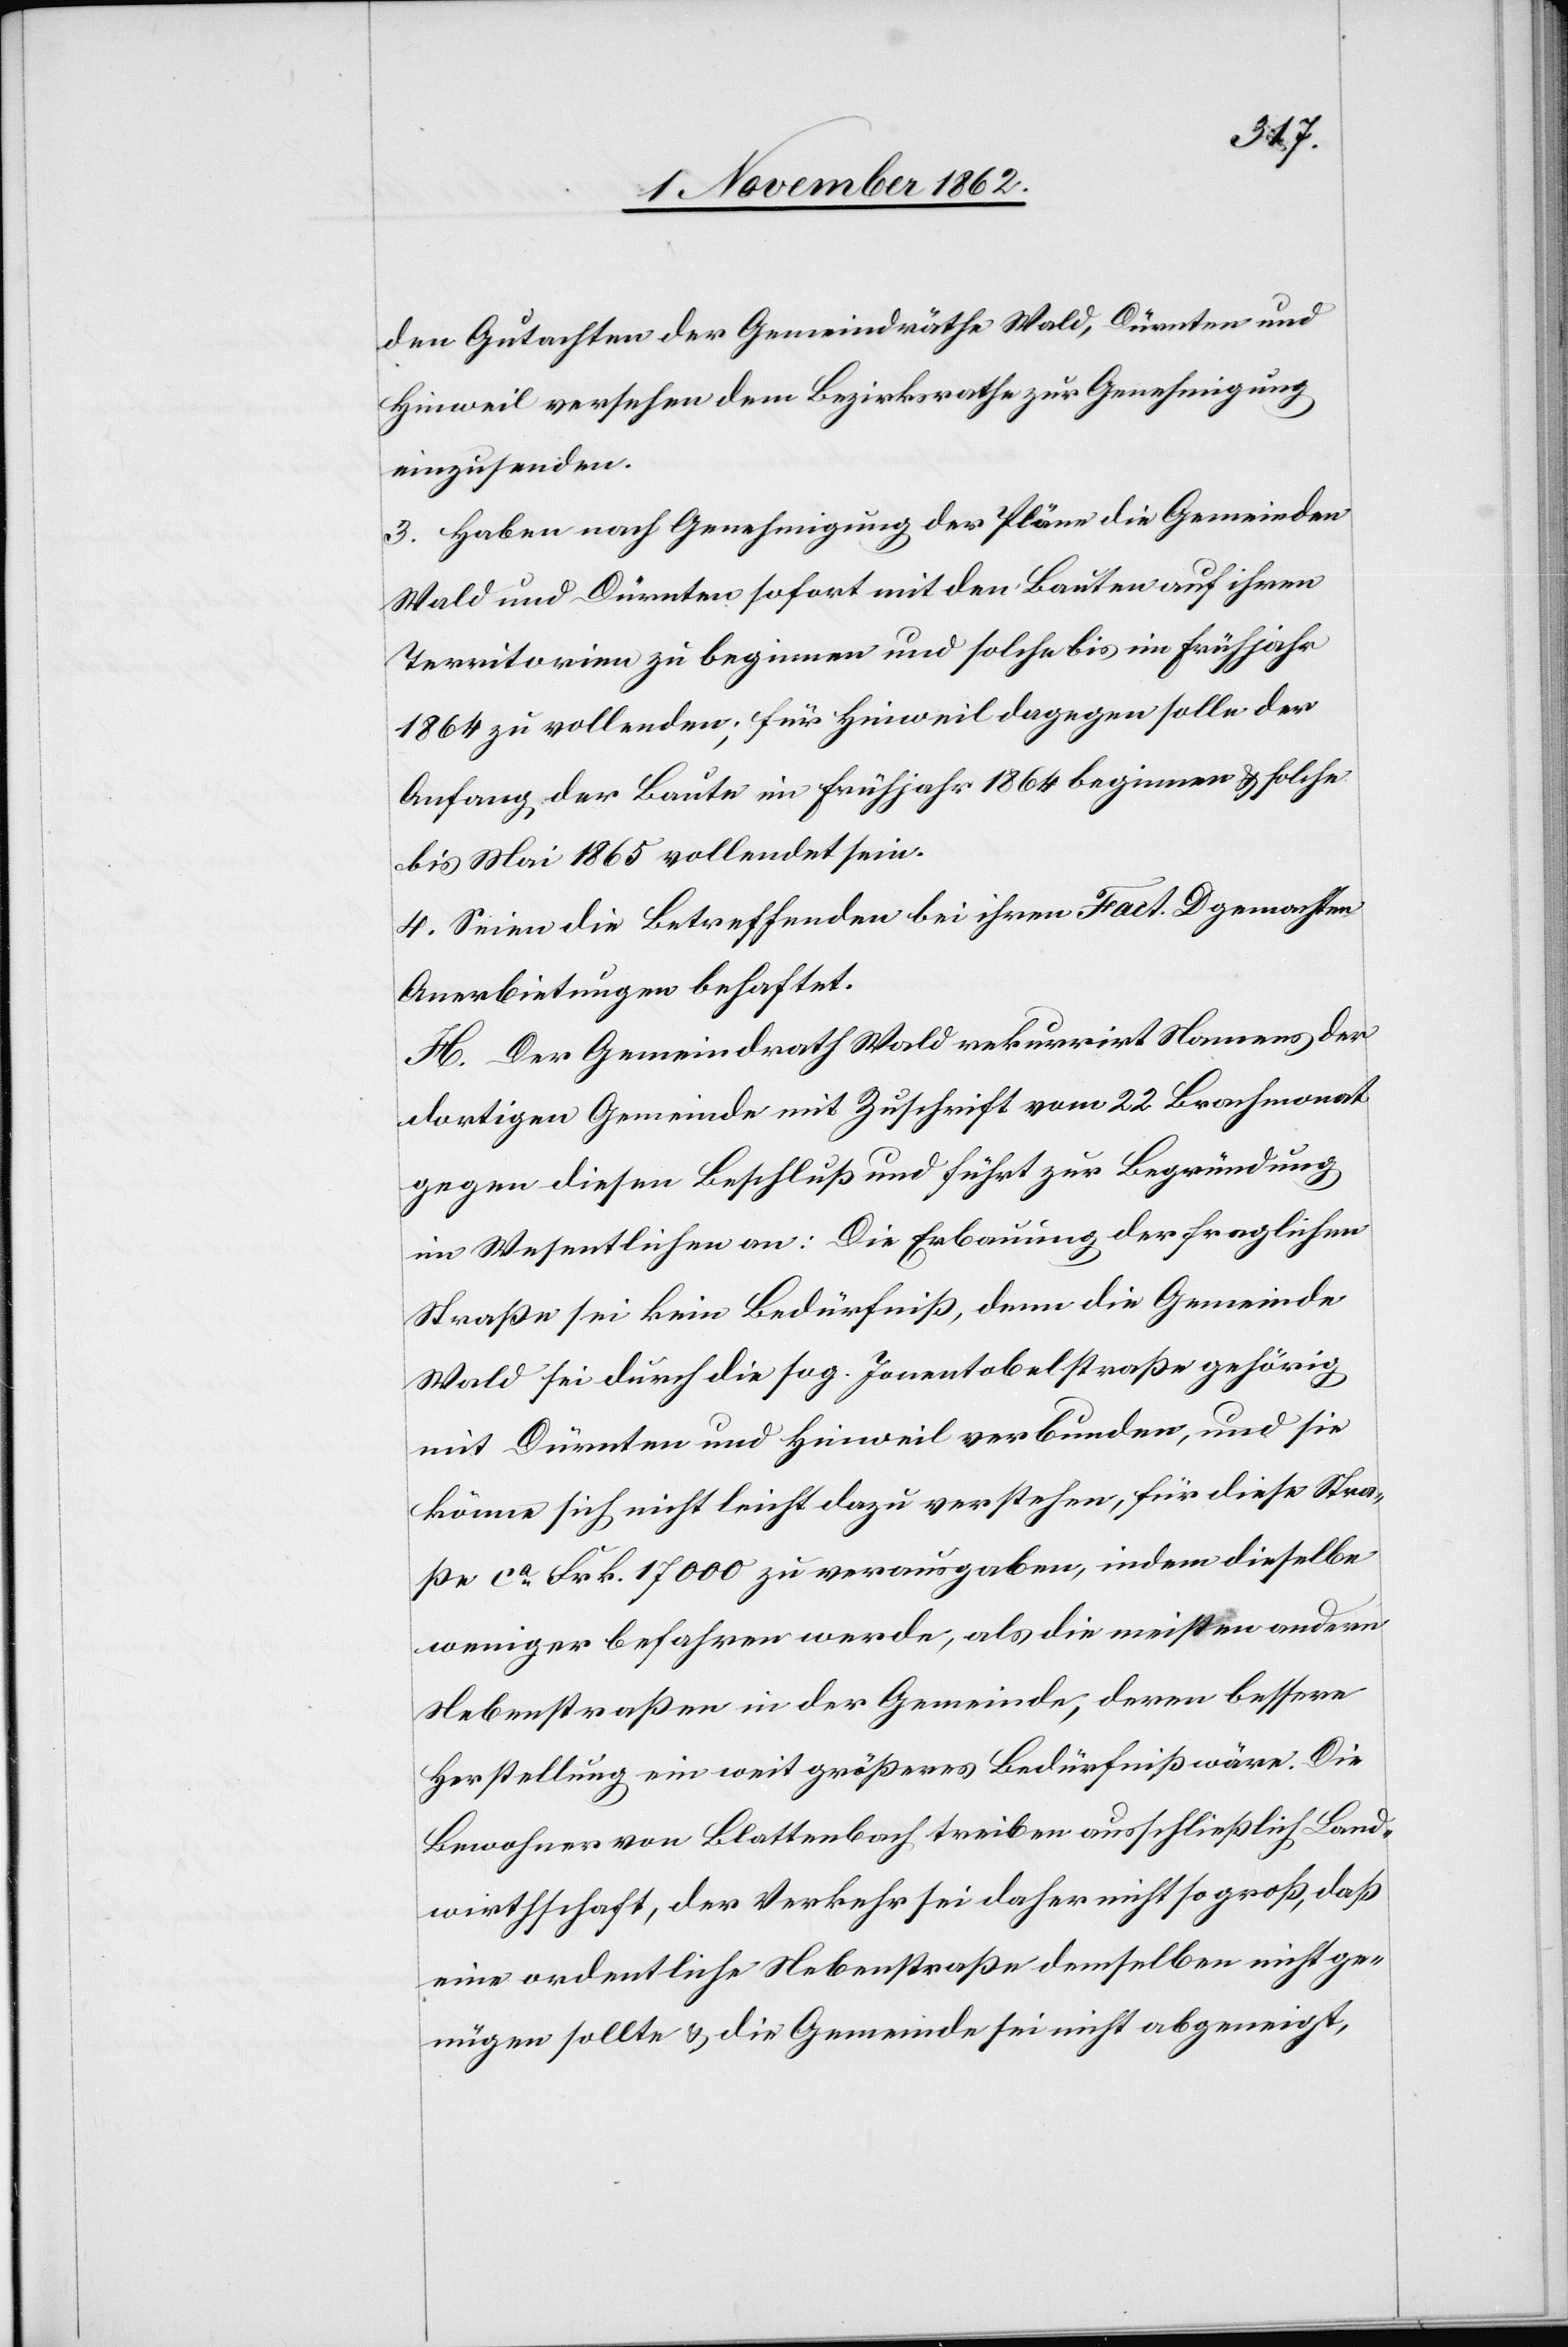
den Gutachten der Gemeindräthe Wald, Dürnten und
Hinweil versehen dem Bezirksrathe zur Genehmigung
einzusenden.
3. Haben nach Genehmigung der Pläne die Gemeinden
Wald und Dürnten sofort mit den Bauten auf ihren
Territorien zu beginnen und solche bis im Frühjahr
1864 zu vollenden; für Hinweil dagegen solle der
Anfang der Baute im Frühjahr 1864 beginnen u. solche
bis Mai 1865 vollendet sein.
4. Seien die Betreffenden bei ihren Fact. D gemachten
Anerbietungen behaftet.
H. Der Gemeindrath Wald rekurrirt Namens der
dortigen Gemeinde mit Zuschrift vom 22. Brachmonat
gegen diesen Beschluß und führt zur Begründung
im Wesentlichen an: Die Erbauung der fraglichen
Straße sei kein Bedürfniß, denn die Gemeinde
Wald sei durch die sog. Jonentobelstraße gehörig
mit Dürnten und Hinweil verbunden, und sie
könne sich nicht leicht dazu verstehen, für diese Stra¬
ße ca Frk. 17 000 zu verausgaben, indem dieselbe
weniger befahren werde, als die meisten andern
Nebenstraßen in der Gemeinde, deren bessere
Herstellung ein weit größeres Bedürfniß wäre. Die
Bewohner von Blattenbach treiben ausschließlich Land¬
wirthschaft, der Verkehr sei daher nicht so groß, daß
eine ordentliche Nebenstraße demselben nicht ge¬
nügen sollte u. die Gemeinde sei nicht abgeneigt,